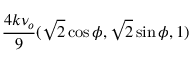
\frac { 4 k \nu _ { o } } { 9 } ( \sqrt { 2 } \cos \phi , \sqrt { 2 } \sin \phi , 1 )